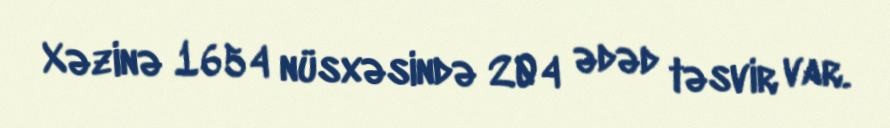
Xəzinə 1654 nüsxəsində 204 ədəd təsvir var.